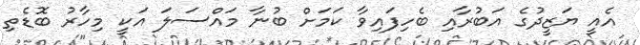
އެއީ ޔަޒީދުގެ އަބުރާއި ބެހިފައިވާ ކަމަށް ބުނާ މައްސަލަ އަކީ މިހާރު ބޮޑެތި